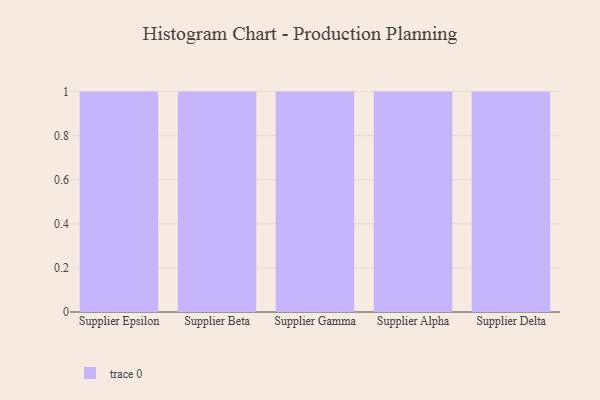
{"axis": {"x": "Supplier", "y": "Latency (ms)"}, "legend": [""], "data": [{"x": "Supplier Epsilon", "y": 64, "type": ""}, {"x": "Supplier Beta", "y": 6, "type": ""}, {"x": "Supplier Gamma", "y": 34, "type": ""}, {"x": "Supplier Alpha", "y": 14, "type": ""}, {"x": "Supplier Delta", "y": 21, "type": ""}]}